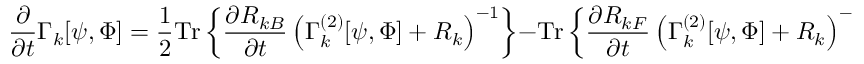
\frac { \partial } { \partial t } \Gamma _ { k } [ \psi , \Phi ] = \frac { 1 } { 2 } \mathrm { T r } \left\{ \frac { \partial R _ { k B } } { \partial t } \left( \Gamma _ { k } ^ { ( 2 ) } [ \psi , \Phi ] + R _ { k } \right) ^ { - 1 } \right\} - \mathrm { T r } \left\{ \frac { \partial R _ { k F } } { \partial t } \left( \Gamma _ { k } ^ { ( 2 ) } [ \psi , \Phi ] + R _ { k } \right) ^ { - 1 } \right\} \, .